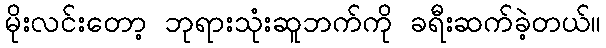
မိုးလင်းတော့ ဘုရားသုံးဆူဘက်ကို ခရီးဆက်ခဲ့တယ်။